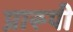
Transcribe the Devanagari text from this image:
प्रारूपी